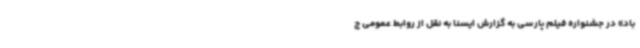
باد» در جشنواره فیلم پارسی به گزارش ایسنا به نقل از روابط عمومی ج